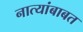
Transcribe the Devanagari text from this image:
नात्यांबाबत